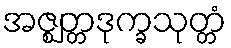
အဇ္ဈတ္တဒုက္ခသုတ္တံ